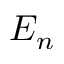
E _ { n }